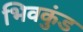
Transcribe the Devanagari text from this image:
भिवकुंड